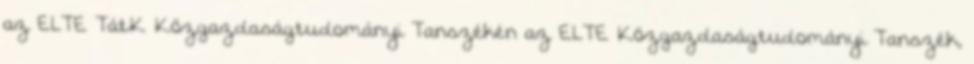
az ELTE TátK Közgazdaságtudományi Tanszékén az ELTE Közgazdaságtudományi Tanszék,